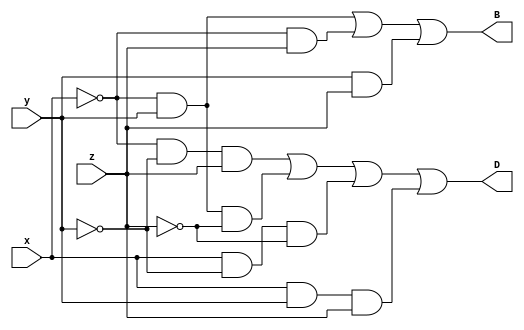
module fullsub(D,B,x,y,z);
	// ports	
	output D,B;
	input x,y,z;

	//dataflow

	assign D=(~x&&~y&&z)||(~x&&y&&~z)||(x&&~y&&~z)||(x&&y&&z);
	assign B=(~x&&y)||(~x&&z)||(y&&z);

endmodule